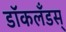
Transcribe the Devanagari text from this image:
डॉकलँडस्